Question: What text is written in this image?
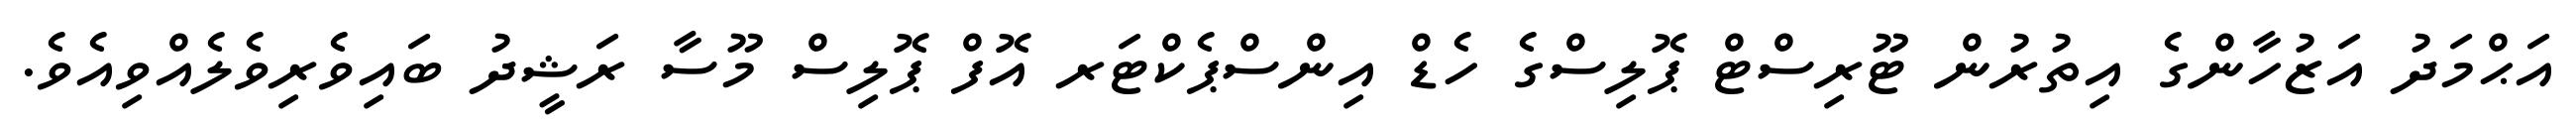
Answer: އަޙްމަދު އަޒުހާންގެ އިތުރުން ޓޫރިސްޓް ޕޮލިސްގެ ހެޑް އިންސްޕެކްޓަރ އޮފް ޕޮލިސް މޫސާ ރަޝީދު ބައިވެރިވެލެއްވިއެވެ.